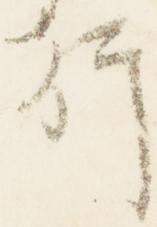
行